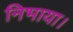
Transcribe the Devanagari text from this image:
निभाया।